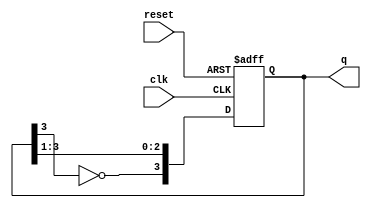
module johnson_counter #(
    parameter WIDTH = 4 // Change WIDTH to 6 or 8 for different configurations
)(
    input wire clk,        // Clock signal
    input wire reset,      // Asynchronous reset signal
    output reg [WIDTH-1:0] q // Counter output
);

// Internal register to hold the Johnson Counter state
reg [WIDTH-1:0] state;

// Always block for the counter operation
always @(posedge clk or posedge reset) begin
    if (reset) begin
        state <= 0; // Reset state to 0
    end else begin
        // Johnson Counter logic
        state <= {~state[WIDTH-1], state[WIDTH-1:1]}; // Shift with inverted feedback
    end
end

// Assign the state to the output
always @(state) begin
    q <= state;
end

endmodule